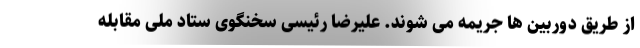
از طریق دوربین ها جریمه می شوند. علیرضا رئیسی سخنگوی ستاد ملی مقابله